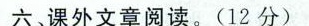
六，课外文章阅读、(12分)